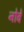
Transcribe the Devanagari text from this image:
नोवें